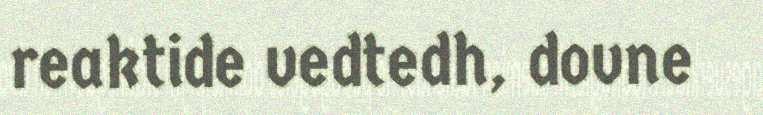
reaktide vedtedh, dovne